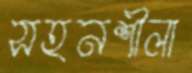
সহনশীলা